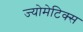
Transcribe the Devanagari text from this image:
ज्योमेटिक्स